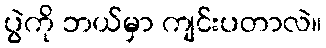
ပွဲကို ဘယ်မှာ ကျင်းပတာလဲ။